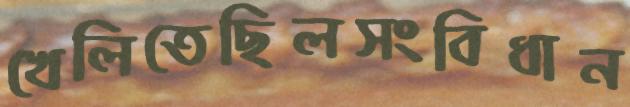
খেলিতেছিলসংবিধান